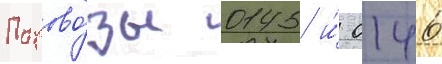
Парово́зы 0145 и́ 0146